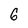
Character: 6